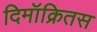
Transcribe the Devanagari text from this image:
दिमॉक्रितस